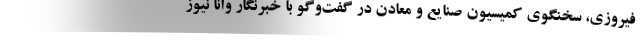
فیروزی، سخنگوی کمیسیون صنایع و معادن در گفت‌وگو با خبرنگار وانا نیوز